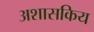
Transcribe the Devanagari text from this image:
अशासकिय